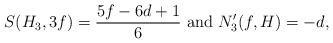
LaTeX: \begin{align*}S(H_3,3f) =\frac{5f-6d+1}{6}\hbox{ and }N_3'(f,H) =-d,\end{align*}